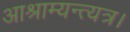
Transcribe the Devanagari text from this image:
आश्राम्यन्त्यत्र।